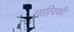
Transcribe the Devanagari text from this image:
धात्विकी